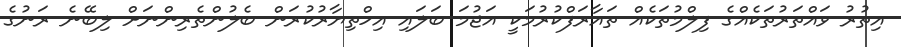
އިތުރު ވައްތަރުތަކެއްގެ ފިލްމުތަކެއް ތައާރަފްކުރުމަކީ އަޖުމަ ބަލައި އިހްތިޔާރުކުރަން ބެލުންތެރިންނަށް ލިބޭނެ ރަނުގެ